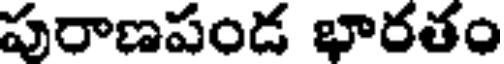
పురాణపండ భారతం